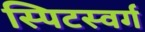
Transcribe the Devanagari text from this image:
स्पिटस्वर्ग